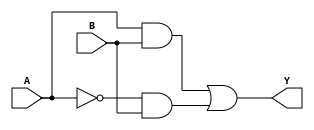
module XOR_gate(input A, input B, output Y);
  wire A_n;
  wire T1, T2, T3;
  
  assign A_n = ~A;
  
  assign T1 = A & B;
  assign T2 = A_n & B;
  
  assign Y = T1 | T2;
  
endmodule